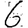
Digit: 6